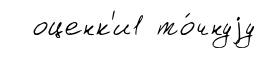
оценк'и1 то́чнуjу